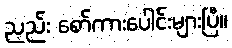
ညည်း စော်ကားပေါင်းများပြီ။